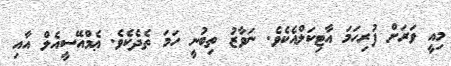
މިއީ ވަރަށް ފުރިހަމަ އާޓިކަލްއެކެވެ. ނަވާޒު ތިބުނީ ހަމަ ތެދެކެވެ. ޢެމްއޭސީއެލް އާއި